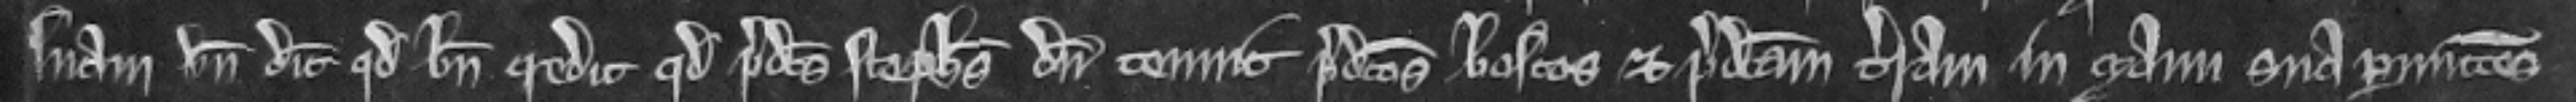
suam vnde dicit quod bene credit quod predictus Stephanus dum tenuit predictos boscos et predictam terram in manu sua permittens